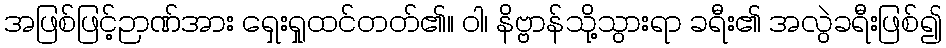
အဖြစ်ဖြင့်ဉာဏ်အား ရှေးရှုထင်တတ်၏။ ဝါ၊ နိဗ္ဗာန်သို့သွားရာ ခရီး၏ အလွဲခရီးဖြစ်၍